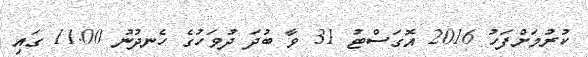
ކުރުމަށްފަހު 2016 އޮގަސްޓު 31 ވާ ބުދަ ދުވަހުގެ ހެނދުނު 11.00 ގައި